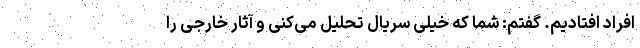
افراد افتادیم. گفتم: شما که خیلی سریال تحلیل می‌کنی و آثار خارجی را